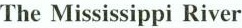
The Mississippi River